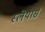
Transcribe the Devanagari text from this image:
स्लेयार्स